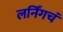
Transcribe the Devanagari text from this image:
लर्निंगचं